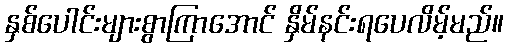
နှစ်ပေါင်းများစွာကြာအောင် နှိမ်နင်းရပေလိမ့်မည်။